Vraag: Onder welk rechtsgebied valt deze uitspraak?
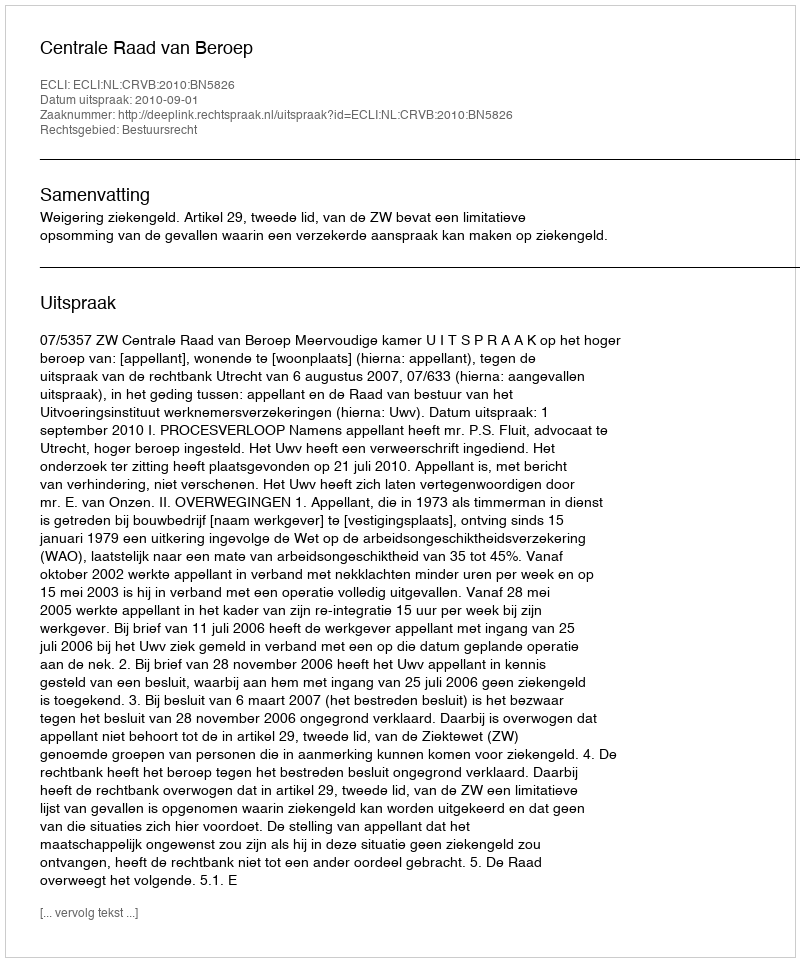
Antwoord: Bestuursrecht